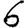
Digit: 6